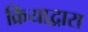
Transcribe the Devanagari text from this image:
क्रियाद्वारा